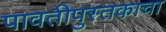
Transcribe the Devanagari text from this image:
पावतीपुस्तकाचा